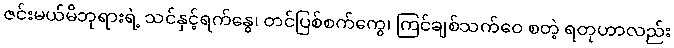
ဇင်းမယ်မိဘုရားရဲ့ သင်နှင့်ရက်နွေ၊ တင်ပြစ်စက်ကွေ၊ ကြင်ချစ်သက်ဝေ စတဲ့ ရတုဟာလည်း